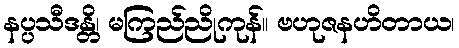
နပ္ပသီဒန္တိ၊ မကြည်ညိုကုန်။ ဗဟုဇနဟိတာယ၊